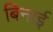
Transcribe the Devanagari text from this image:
बिनाई